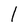
Character: l